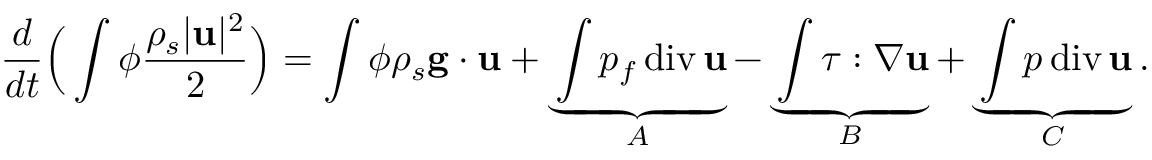
\frac { d } { d t } \Big ( \int \phi \frac { \rho _ { s } | { \bf u } | ^ { 2 } } { 2 } \Big ) = \int \phi \rho _ { s } { \bf g } \cdot { \bf u } + \underbrace { \int p _ { f } \, \mathrm { d i v } \, { \bf u } } _ { A } - \underbrace { \int \boldsymbol { \tau } : \nabla { \bf u } } _ { B } + \underbrace { \int p \, \mathrm { d i v } \, { \bf u } } _ { C } .